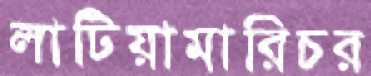
লাটিয়ামারিচর